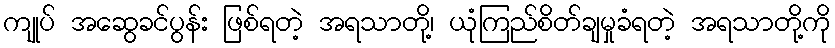
ကျုပ် အဆွေခင်ပွန်း ဖြစ်ရတဲ့ အရသာတို့၊ ယုံကြည်စိတ်ချမှုခံရတဲ့ အရသာတို့ကို